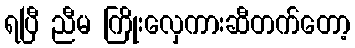
ရပြီ ညီမ ကြိုးလှေကားဆီတက်တော့